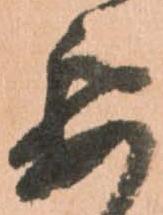
要